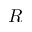
R